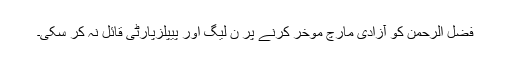
فضل الرحمن کو آزادی مارچ موخر کرنے پر ن لیگ اور پیپلزپارٹی قائل نہ کر سکی۔